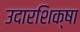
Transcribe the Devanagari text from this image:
उदारशिक्षा